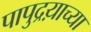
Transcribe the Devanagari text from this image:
पापुद्रय़ाच्या